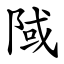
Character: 䧕